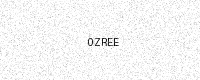
Text: 0ZREE